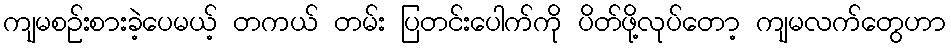
ကျမစဉ်းစားခဲ့ပေမယ့် တကယ် တမ်း ပြတင်းပေါက်ကို ပိတ်ဖို့လုပ်တော့ ကျမလက်တွေဟာ